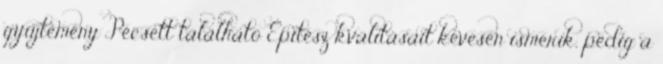
gyűjtemény Pécsett található Építész kvalitásait kevesen ismerik, pedig a